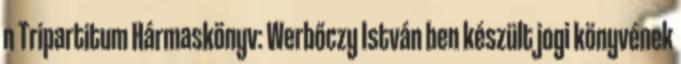
n Tripartitum Hármaskönyv: Werbőczy István ben készült jogi könyvének